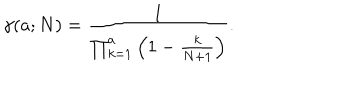
\gamma ( a ; N ) = { \frac { 1 } { \prod _ { k = 1 } ^ { a } \left( 1 - { \frac { k } { N + 1 } } \right) } } .